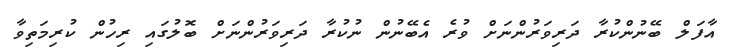
އާފަލް ބޭނުންކުރާ ދަރިވަރުންނަށް ވުރެ އެބޭނުން ނުކުރާ ދަރިވަރުންނަށް ބޮލުގައި ރިހުން ކުރިމަތިވާ